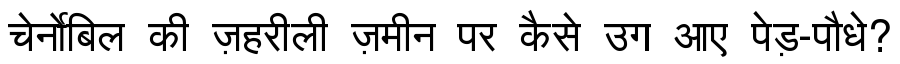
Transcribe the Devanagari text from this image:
चेर्नोबिल की ज़हरीली ज़मीन पर कैसे उग आए पेड़-पौधे?